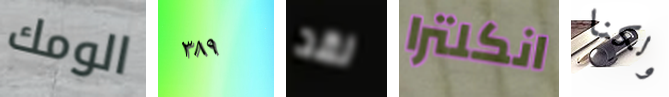
الومك ٣٨٩ لقد انكلترا ولكنا